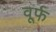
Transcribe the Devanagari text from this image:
वूर्फ